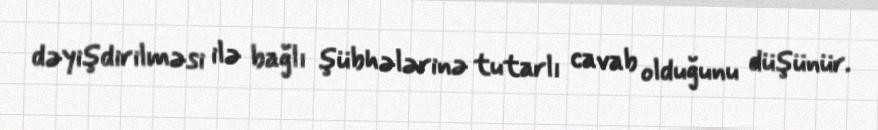
dəyişdirilməsi ilə bağlı şübhələrinə tutarlı cavab olduğunu düşünür.